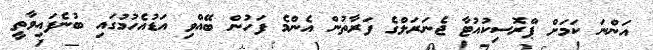
އަންނަ ކަމަށް ޕްރޮސިކުއުޓާ ޖެނަރަލްގެ ފަރާތުން އެންމެ ފަހުން ބޭއްވި އަޑުއެހުމުގައި ބުނެފައިވާތީ